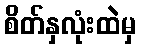
စိတ်နှလုံးထဲမှ